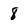
Character: 8